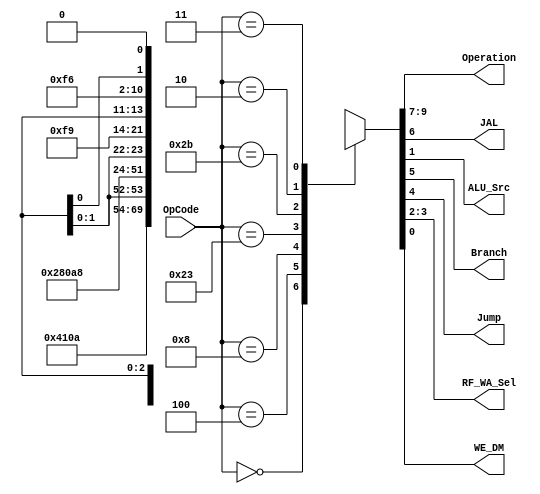
module Maindec(
        input   wire [5:0]  OpCode,
        output  wire [2:0]  Operation,
        output  wire        JAL,
        output  wire        ALU_Src,
        output  wire        Branch,
        output  wire        Jump,
        output  wire [1:0]  RF_WA_Sel,
        output  wire        WE_DM
    );
    
    reg [9:0] Ctrl;
    assign {Operation,JAL,Branch,Jump,RF_WA_Sel,ALU_Src,WE_DM} = Ctrl;

    always @(OpCode) begin
        case (OpCode)
            6'b00_0000: Ctrl = 10'b010_0_0_0_01_0_0; //R-Type
            6'b00_0100: Ctrl = 10'b001_0_1_0_xx_0_0; //Beq
            6'b00_1000: Ctrl = 10'b000_0_0_0_00_1_0; //Addi
            6'b10_0011: Ctrl = 10'b100_0_0_0_00_1_0; //LW
            6'b10_1011: Ctrl = 10'b101_0_0_0_xx_1_1; //SW
            6'b00_0010: Ctrl = 10'b111_0_0_1_xx_x_0; //J
            6'b00_0011: Ctrl = 10'b111_1_0_1_10_x_0; //Jal
            default: Ctrl = 10'bxxx_x_x_x_xx_x_x; //Unknown Operand
        endcase
    end

endmodule